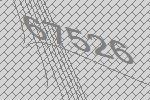
67526